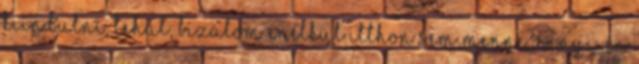
kiindulni, tehát, BIZALOM enélkül itthon sem menne. ennyi. én